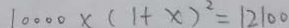
1 0 0 0 0 \times ( 1 + x ) ^ { 2 } = 1 2 1 0 0